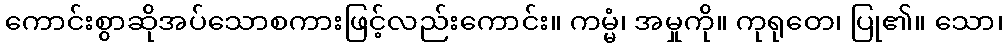
ကောင်းစွာဆိုအပ်သောစကားဖြင့်လည်းကောင်း။ ကမ္မံ၊ အမှုကို။ ကုရုတေ၊ ပြု၏။ သော၊